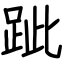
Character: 跐